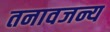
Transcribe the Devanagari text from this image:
तनावजन्य